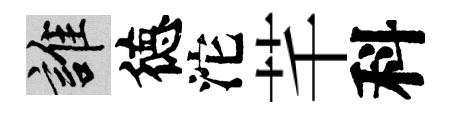
誰徳沱芊科